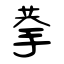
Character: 拲